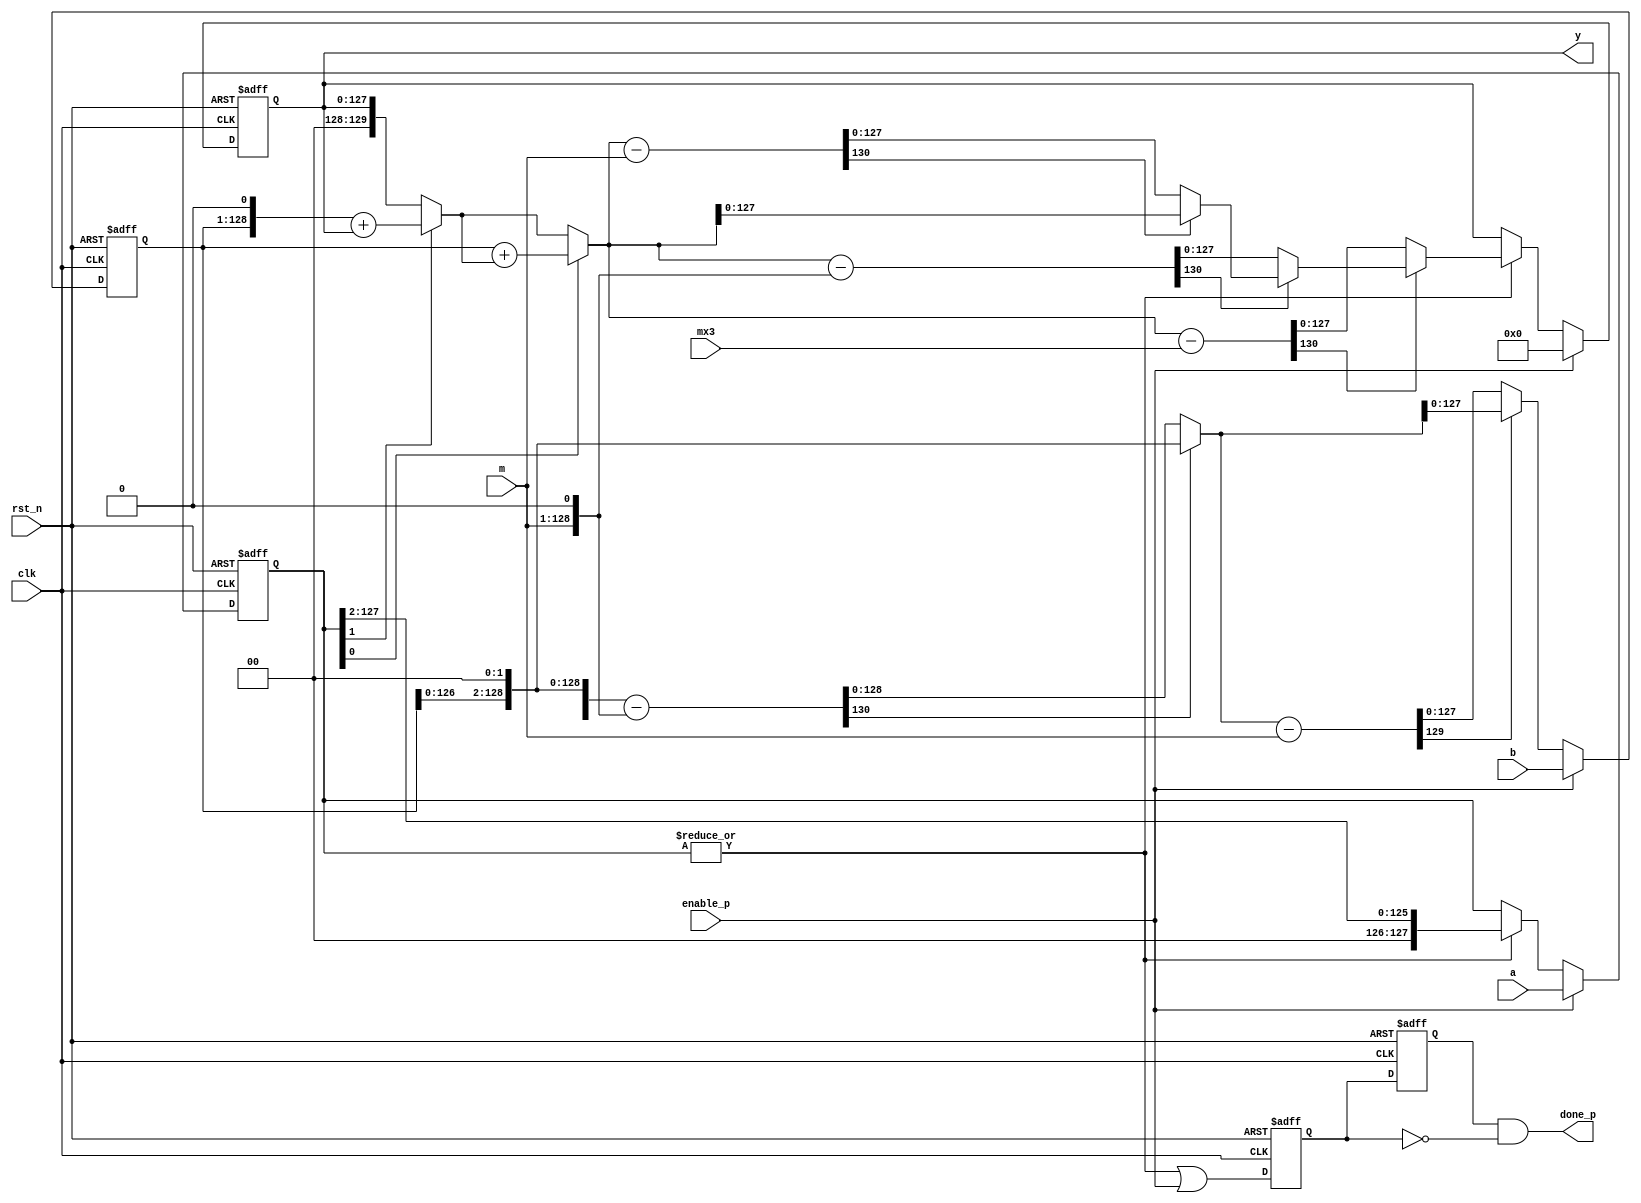
`timescale 1 ns/1 ps
//----------------------------------------
//INPUT: X, Y,M with 0 ? X, Y ? M
//OUTPUT: P = X  Y mod M
//n: number of bits of X
//xi: ith bit of X
//1. P = 0;
//2. for (i = n - 1; i >= 0; i = i - 1){
//3. P = 2 P;
//4. I = xi  Y ;
//5. P = P + I;
//6. if (P >= M) P = P - M;
//7. if (P >= M) P = P - M; }
//----------------------------------------

module mod_mul_il_asic #(
  parameter NBITS = 128,
  parameter PBITS = 2
 ) (
  input                     clk,
  input                     rst_n,
  input                     enable_p,
  input  [NBITS-1 :0]       a,
  input  [NBITS-1 :0]       b,
  input  [NBITS-1 :0]       m,
  input  [NBITS-1+PBITS :0] mx3,
  output [NBITS-1 :0]       y,
  output                    done_p
);

//--------------------------------------
//reg/wire declaration
//--------------------------------------

reg  [NBITS-1 :0] a_loc;
reg  [NBITS-1 :0] y_loc;
reg  [NBITS-1 :0] b_loc_red_d;
reg               done_p_loc;
reg               done_p_loc_d;

wire [NBITS-1+PBITS   :0] y_loc_accum_pre;
wire [NBITS-1+PBITS   :0] y_loc_accum;
wire [NBITS-1+PBITS+3 :0] y_loc_accum_sub_3m;
wire [NBITS-1+PBITS+2 :0] y_loc_accum_sub_2m;
wire [NBITS-1+PBITS+1 :0] y_loc_accum_sub_m;
wire [NBITS-1+PBITS   :0] y_loc_accum_red;
wire [NBITS-1+PBITS   :0] b_loc;
wire [NBITS-1+PBITS+3 :0] b_loc_sub_3m;
wire [NBITS-1+PBITS+2 :0] b_loc_sub_2m;
wire [NBITS-1+PBITS+1 :0] b_loc_sub_m;

wire [NBITS-1 :0] y_loc_pre;
wire [NBITS-1 :0] b_loc_red;
wire [NBITS   :0] b_loc_red_pre;
wire [NBITS+1 :0] b_loc_red_pre_sub_m;

assign b_loc                   = {b_loc_red_d, 2'b0};
assign b_loc_sub_2m            =  b_loc - {m, 1'b0};
assign b_loc_red_pre           =  b_loc_sub_2m[NBITS-1+PBITS+2] ? b_loc         : b_loc_sub_2m;
assign b_loc_red_pre_sub_m     =  b_loc_red_pre - m;
assign b_loc_red               =  b_loc_red_pre_sub_m[NBITS+1]  ? b_loc_red_pre : b_loc_red_pre_sub_m;

//calculate (a*b)%m
//assign y_loc_pre        =  enable_p ? b : y_loc;
assign y_loc_accum_pre  =  a_loc[1] ? ({b_loc_red_d, 1'b0} + y_loc)           : y_loc;
assign y_loc_accum      =  a_loc[0] ? ( b_loc_red_d        + y_loc_accum_pre) : y_loc_accum_pre;

assign y_loc_accum_sub_3m     = y_loc_accum -  mx3;
assign y_loc_accum_sub_2m     = y_loc_accum - {m, 1'b0};
assign y_loc_accum_sub_m      = y_loc_accum -  m;
assign y_loc_accum_red        = y_loc_accum_sub_3m[NBITS-1+PBITS+3] ? (y_loc_accum_sub_2m[NBITS-1+PBITS+2] ? (y_loc_accum_sub_m[NBITS-1+PBITS+1] ? y_loc_accum : y_loc_accum_sub_m) : y_loc_accum_sub_2m) : y_loc_accum_sub_3m;

always @ (posedge clk or negedge rst_n) begin
  if (rst_n == 1'b0) begin
    y_loc       <= {NBITS{1'b0}};
    a_loc       <= {NBITS{1'b0}};
  end
  else begin
    if (enable_p == 1'b1) begin
      a_loc <= a;
      y_loc <= {NBITS{1'b0}};
    end
    else if (|a_loc) begin
      y_loc <= y_loc_accum_red[NBITS-1 :0];
      a_loc <= {2'b0, a_loc[NBITS-1:2]};
    end 
  end
end


always @ (posedge clk or negedge rst_n) begin
  if (rst_n == 1'b0) begin
    b_loc_red_d <= {(NBITS){1'b0}};
  end
  else begin
    if (enable_p == 1'b1) begin
      b_loc_red_d <= b;
    end 
    else begin
      b_loc_red_d <= b_loc_red;
    end
  end
end


always @ (posedge clk or negedge rst_n) begin
  if (rst_n == 1'b0) begin
    done_p_loc    <= 1'b0;
    done_p_loc_d  <= 1'b0;
  end
  else begin
    done_p_loc    <= |a_loc | enable_p;  //enable_p for the case a == 1
    done_p_loc_d  <= done_p_loc  ;
  end
end

assign done_p =  done_p_loc_d & ~done_p_loc;
assign y      =  y_loc;

endmodule